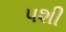
પશી